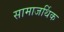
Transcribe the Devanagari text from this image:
सामाजर्थिक